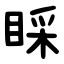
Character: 睬